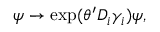
\psi \rightarrow \exp ( \theta ^ { \prime } D _ { i } \gamma _ { i } ) \psi ,